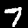
Digit: 7